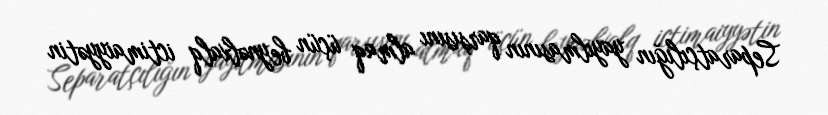
Separatçılığın yayılmasının qarşısını almaq üçün beynəlxalq ictimaiyyətin